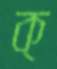
ক্